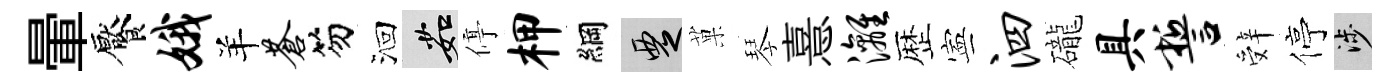
暈饜娥羊苍笏洄茹停柙綱覂菓琴憙漓歴寕泗礲具誓辤停涉